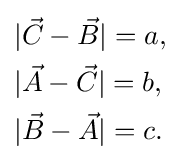
{\begin{aligned}&|{\vec {C}}-{\vec {B}}|=a,\\&|{\vec {A}}-{\vec {C}}|=b,\\&|{\vec {B}}-{\vec {A}}|=c.\end{aligned}}